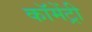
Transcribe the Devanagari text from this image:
कॉमेंट्री